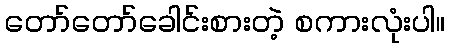
တော်တော်ခေါင်းစားတဲ့ စကားလုံးပါ။